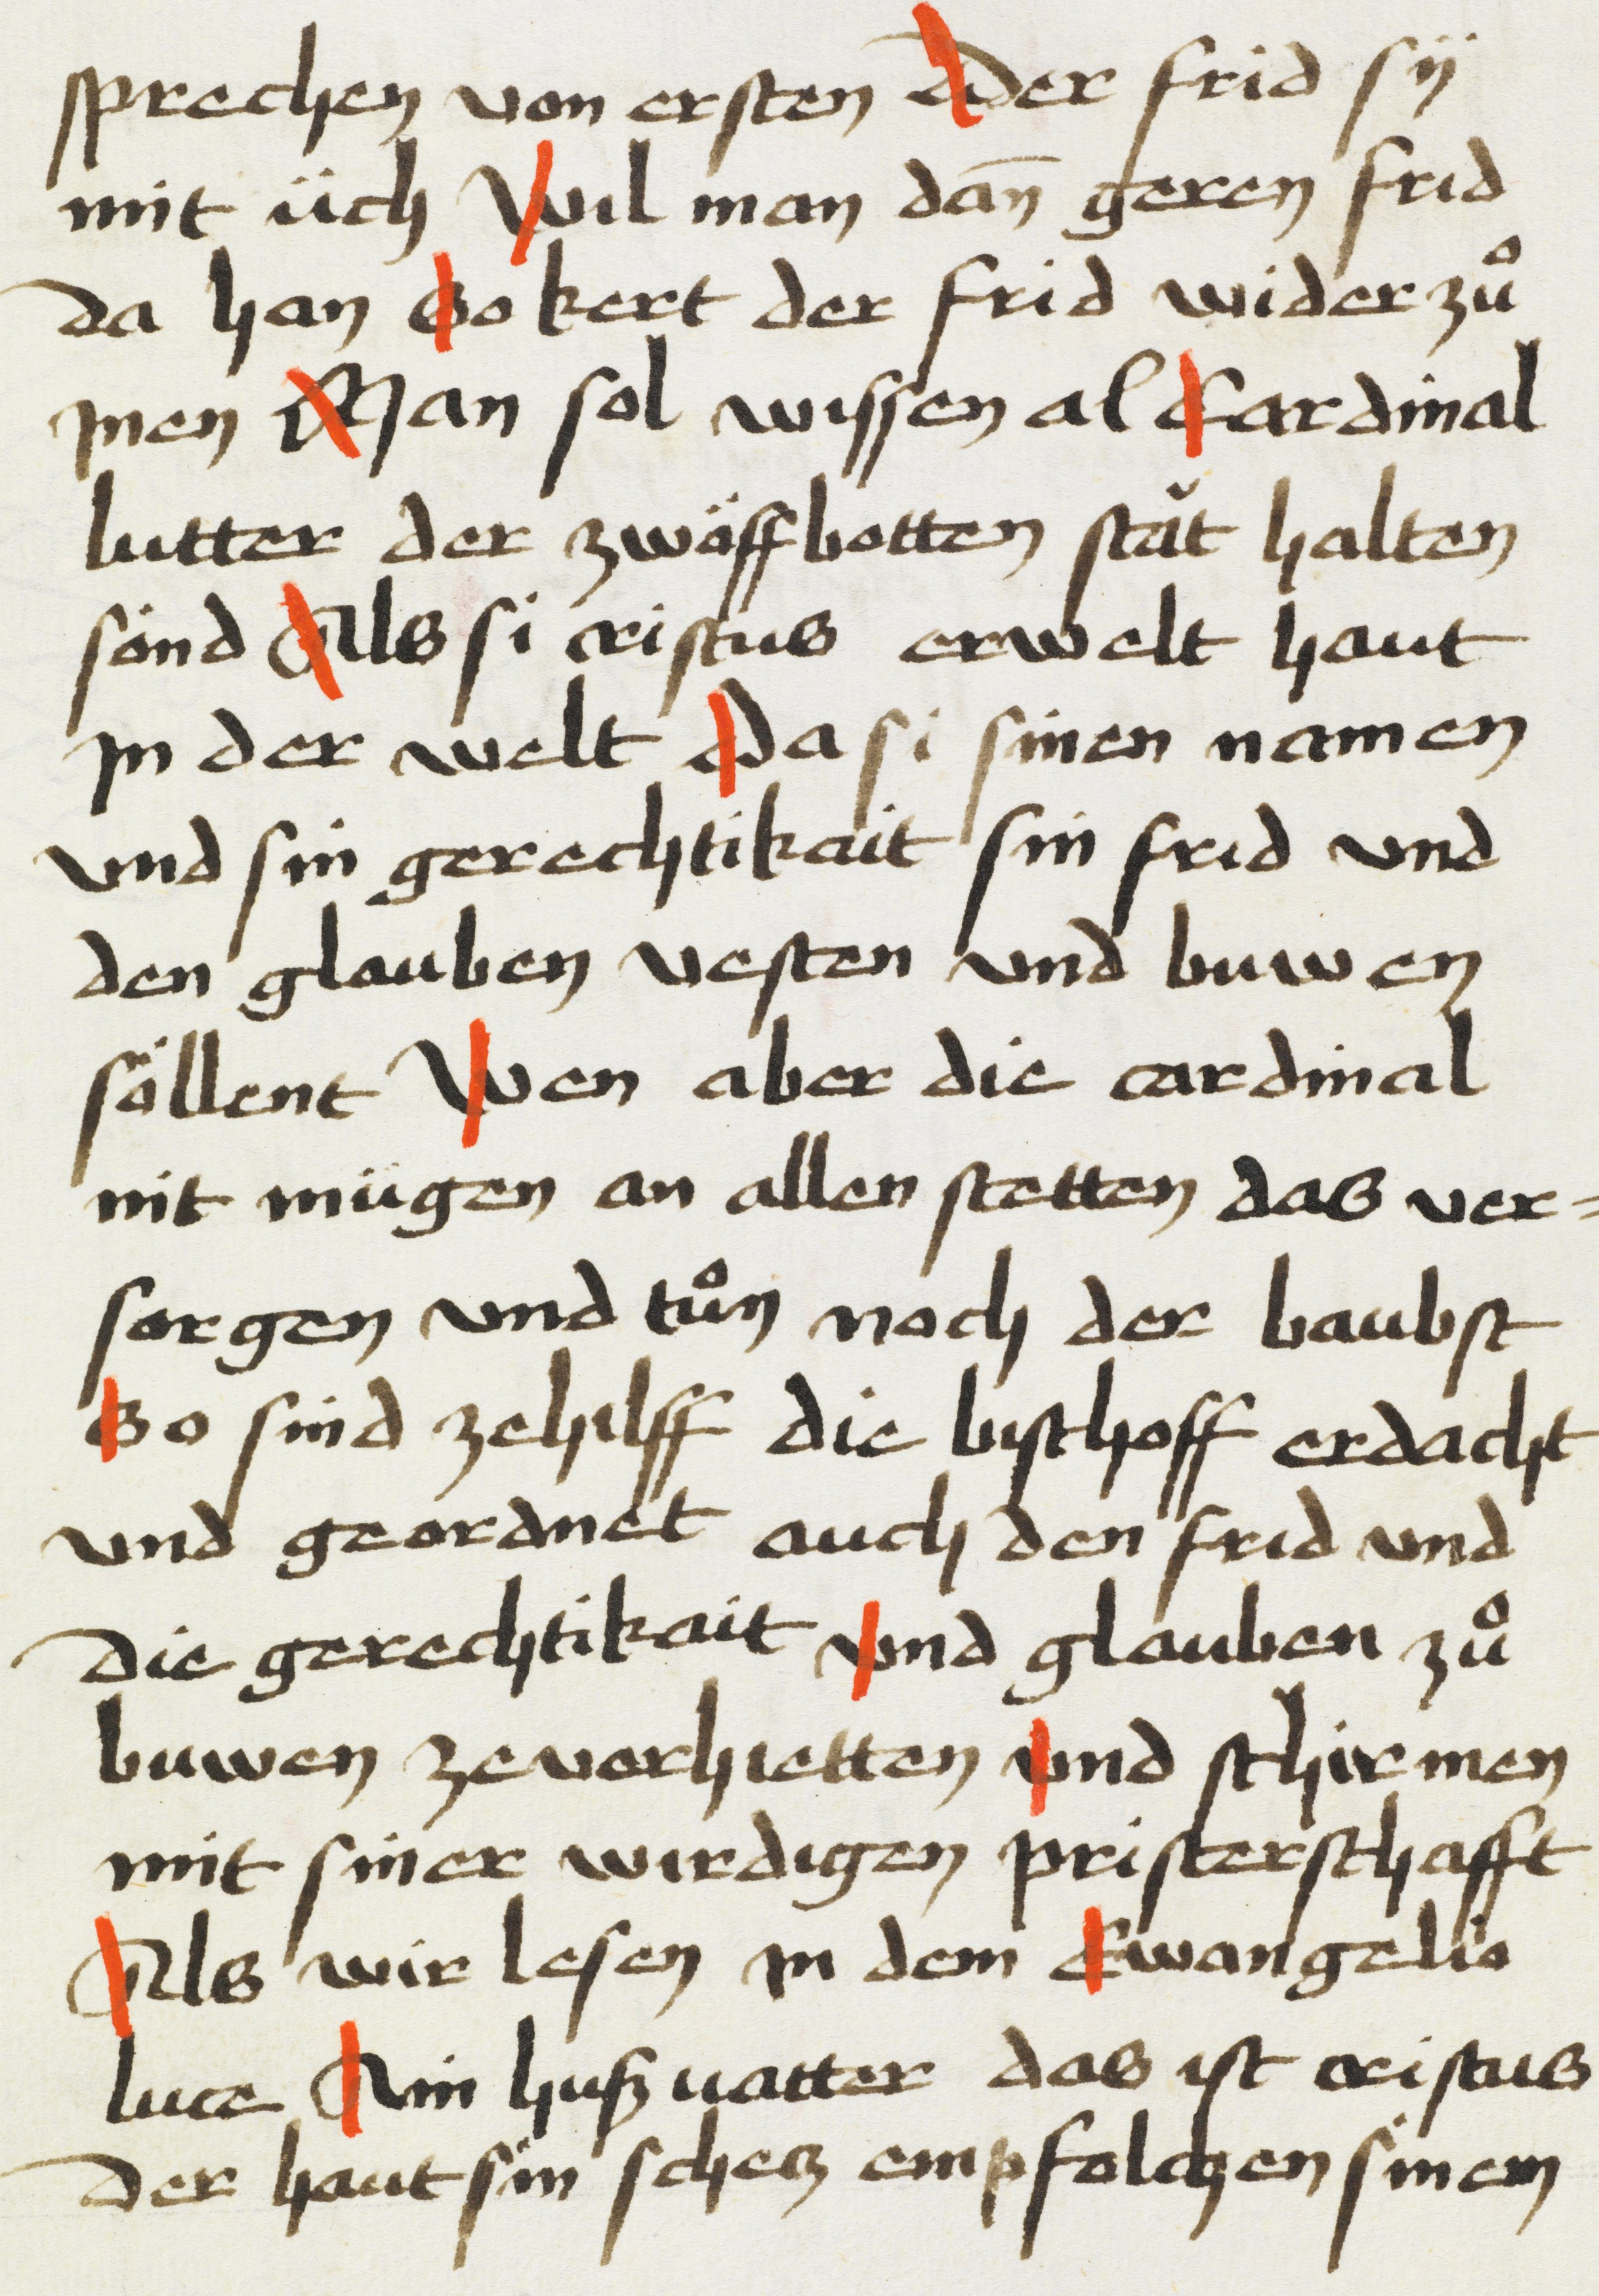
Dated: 1469–1469